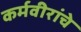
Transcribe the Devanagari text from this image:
कर्मवीरांचे